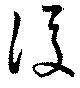
後